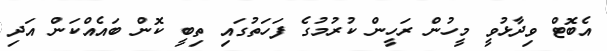
އެބޮޓް ވިދާޅުވީ މީހުން ރަހީން ކުރުމުގެ ފަހަތުގައި ތިބީ ކޮން ބައެއްކަން އަދި